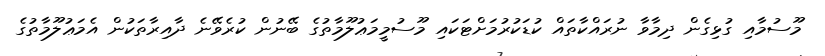
މޫސުމާއި ގުޅިގެން ދިމާވާ ނުރައްކާތައް ކުޑަކުރުމަށްޓަކައި މޫސުމީމަޢުލޫމާތުގެ ބޭނުން ކުރެވޭނެ ދާއިރާތަކުން އެމަޢުލޫމާތުގެ